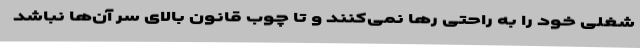
شغلی خود را به راحتی رها نمی‌کنند و تا چوب قانون بالای سر آن‌ها نباشد